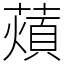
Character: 薠